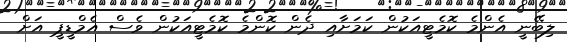
ލިބޭނީ އެންމެ ކޮމެޓީއަކުން ކަމަށާއި ދެން ކޮންމެ ކޮމެޓީއަކުން ވެސް އެމްޑީޕީ އަށް